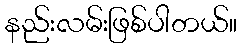
နည်းလမ်းဖြစ်ပါတယ်။